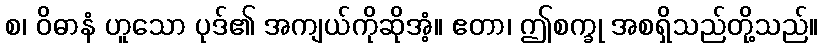
စ၊ ဝိဓာနံ ဟူသော ပုဒ်၏ အကျယ်ကိုဆိုအံ့။ ဧတာ၊ ဤစက္ခု အစရှိသည်တို့သည်။